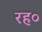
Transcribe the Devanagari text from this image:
रह०